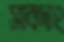
সাবদাং